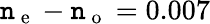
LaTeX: \mathtt{n}_{\mathrm{{~e~}}}-\mathtt{n}_{\mathrm{{~o~}}}=0.007